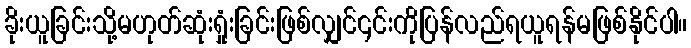
ခိုးယူခြင်းသို့မဟုတ်ဆုံးရှုံးခြင်းဖြစ်လျှင်၎င်းကိုပြန်လည်ရယူရန်မဖြစ်နိုင်ပါ။